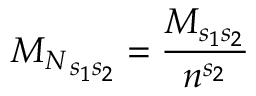
{ M _ { N } } _ { s _ { 1 } s _ { 2 } } = \frac { M _ { s _ { 1 } s _ { 2 } } } { n ^ { s _ { 2 } } }